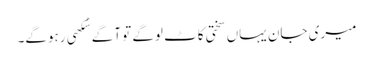
میری جان یہاں سختی کاٹ لوگے تو آگے سُکھی رہوگے۔